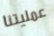
عمليتنا